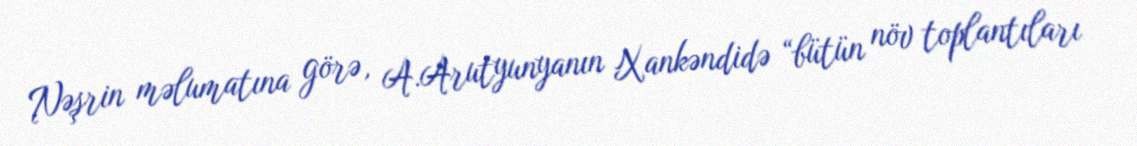
Nəşrin məlumatına görə, A.Arutyunyanın Xankəndidə “bütün növ toplantıları